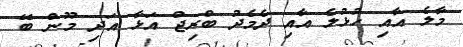
މާލެ އާއި ހުޅުލެ އާއި ދެމެދު ބްރިޖް އަޅާ އަދި މޫން ބޭ